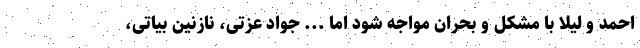
احمد و لیلا با مشکل و بحران مواجه شود اما ... جواد عزتی، نازنین بیاتی،